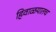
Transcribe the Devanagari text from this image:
हिवाळयातच